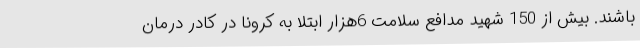
باشند. بیش از 150 شهید مدافع سلامت 6هزار ابتلا به کرونا در کادر درمان